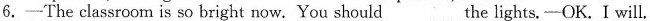
6.——The classroom is so bright now. You should___the lights.——OK. I will.